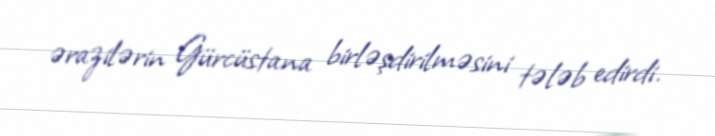
ərazilərin Gürcüstana birləşdirilməsini tələb edirdi.